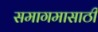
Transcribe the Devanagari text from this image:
समागमासाठी